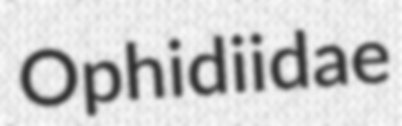
Ophidiidae